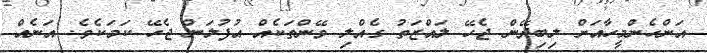
އަންހެންމީހާއަށް ލިބިދޭން ޖެހޭ ލައްޒަތު ގެއްލި ވޭންތަކެއް އުފުލަން ޖެހޭ ކަމަކެވެ. އަނެއް